Leaving Certificate Examination (including Day School Certificate (Higher) General paper), 1926
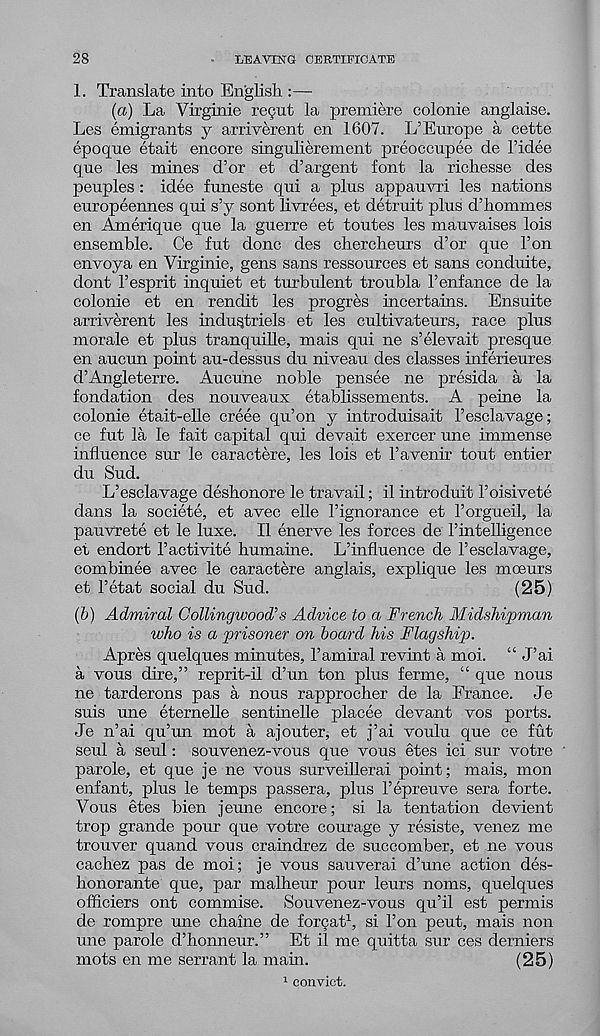
28
LEAVING CERTIFICATE
1. Translate into English :—
(a) La Virginie re9ut la premiere colonie anglaise.
Les emigrants y arriverent en 1607. L’Europe a cette
epoque etait encore singulierement preoccupee de I’idee
que les mines d’or et d’argent font la richesse des
peoples : idee funeste qui a plus appauvri les nations
europeennes qui s’y sont livrees, et detruit plus d’liommes
en Amerique que la guerre et toutes les mauvaises lois
ensemble. Ce fut done des cherclieurs d’or que Ton
envoya en Virginie, gens sans ressources et sans conduite,
dont I’esprit inquiet et turbulent troubla I’enfance de la
colonie et en rendit les progres incertains. Ensuite
arriverent les indu^triels et les cultivateurs, race plus
morale et plus tranquille, mais qui ne s’elevait presque
en aucun point au-dessus du niveau des classes inferieures
d’Angleterre. Aucune noble pensee ne presida a la
fondation des nouveaux etablissements. A peine la
colonie etait-elle creee qu’on y introduisait I’esclavage;
ce fut la le fait capital qui devait exercer une immense
influence sur le caractere, les lois et Favenir tout entier
du Sud.
L’esclavage deshonore le travail; il introduit Foisivete
dans la societe, et avec elle Fignorance et Forgueil, la
pauvrete et le luxe. II enerve les forces de Finteiligence
et endort Factivite humaine. L’influence de Fesclavage,
combinee avec le caractere anglais, explique les moeurs
et Fetat social du Sud.
(25)
(&) Admiral Coiling wood' 1 s Advice to a French Midshipman
who is a prisoner on board his Flagship.
Apres quelques minutes, Famiral revint a moi. “ J’ai
a vous dire,” reprit-il d’un ton plus ferme, “ que nous
ne tarderons pas a nous rapprocher de la France. Je
suis une eternelle sentinelle placee devant vos ports.
Je n’ai qu’un mot a ajouter, et j’ai voulu que ce fut
seul a seul: souvenez-vous que vous etes ici sur votre
parole, et que je ne vous surveillerai point; mais, mon
enfant, plus le temps passera, plus Fepreuve sera forte.
Vous etes bien jeune encore; si la tentation devient
trop grande pour que votre courage y resiste, venez me
trouver quand vous craindrez de succomber, et ne vous
cachez pas de moi; je vous sauverai d’une action des-
lionorante que, par malheur pour leurs noms, quelques
officiers ont commise. Souvenez-vous qu’il est permis
de rompre une ebaine de format 1 , si Fon peut, mais non
une parole d’honneur.” Et il me quitta sur ces derniers
mots en me serrant la main.
(25)
1 convict.